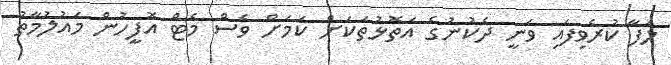
ލަފާ ކުރެވިފައި ވަނީ ދެކުނުގެ އަތޮޅުތަކަށް ކަމަށް ވެސް މެޓް އޮފީހުން މައުލުމާތު